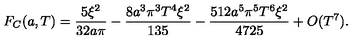
F _ { C } ( a , T ) = \frac { 5 \xi ^ { 2 } } { 3 2 a \pi } - \frac { 8 a ^ { 3 } \pi ^ { 3 } T ^ { 4 } \xi ^ { 2 } } { 1 3 5 } - \frac { 5 1 2 a ^ { 5 } \pi ^ { 5 } T ^ { 6 } \xi ^ { 2 } } { 4 7 2 5 } + O ( T ^ { 7 } ) .